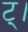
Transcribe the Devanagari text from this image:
ट्।